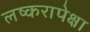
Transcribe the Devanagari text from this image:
लष्करापेक्षा